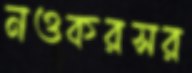
নওকরসর